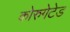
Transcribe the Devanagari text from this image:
कोरुगेटेड